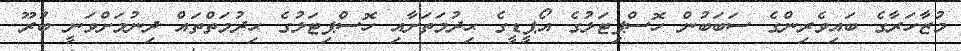
މުޒާހަރާގެ ބައިވެރިންގެ ސަބަބުން ހޮސްޕިޓަލުގެ އޯޕީޑީގެ ޙިދުމަތަށާއި ހޮސްޕިޓަލުގެ ޙިދުމަތްތައް ދިނުމަށްވަނީ ބުރޫ